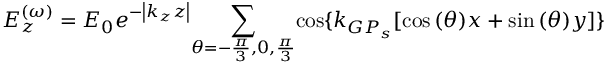
E _ { z } ^ { ( \omega ) } = E _ { 0 } e ^ { - { \left| { k _ { z } z } \right| } } { \sum _ { \theta = - { \frac { \pi } { 3 } } , { 0 } , { \frac { \pi } { 3 } } } } { \cos \{ k _ { G P _ { s } } [ \cos { ( \theta ) x } + \sin { ( \theta ) } y ] \} }